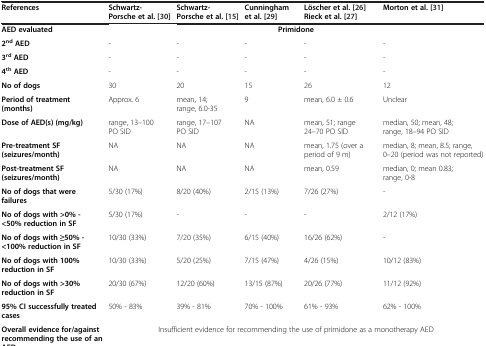
<table><thead><tr><td><b>References</b></td><td><b>Schwartz-Porsche et al. [30]</b></td><td><b>Schwartz-Porsche et al. [15]</b></td><td><b>Cunningham et al. [29]</b></td><td><b>Löscher et al. [26]Rieck et al. [27]</b></td><td><b>Morton et al. [31]</b></td></tr></thead><tbody><tr><td><b>AED evaluated</b></td><td colspan="5"><b>Primidone</b></td></tr><tr><td><b>2</b><sup><b>nd</b></sup><b>AED</b></td><td>-</td><td>-</td><td>-</td><td>-</td><td>-</td></tr><tr><td><b>3</b><sup><b>rd</b></sup><b>AED</b></td><td>-</td><td>-</td><td>-</td><td>-</td><td>-</td></tr><tr><td><b>4</b><sup><b>th</b></sup><b>AED</b></td><td>-</td><td>-</td><td>-</td><td>-</td><td>-</td></tr><tr><td><b>No of dogs</b></td><td>30</td><td>20</td><td>15</td><td>26</td><td>12</td></tr><tr><td><b>Period of treatment (months)</b></td><td>Approx. 6</td><td>mean, 14; range, 6.0-35</td><td>9</td><td>mean, 6.0 ± 0.6</td><td>Unclear</td></tr><tr><td><b>Dose of AED(s) (mg/kg)</b></td><td>range, 13–100 PO SID</td><td>range, 17–107 PO SID</td><td>NA</td><td>mean, 51; range 24–70 PO SID</td><td>median, 50; mean, 48; range, 18–94 PO SID</td></tr><tr><td><b>Pre-treatment SF (seizures/month)</b></td><td>NA</td><td>NA</td><td>NA</td><td>mean, 1.75 (over a period of 9 m)</td><td>median, 8; mean, 8.5; range, 0–20 (period was not reported)</td></tr><tr><td><b>Post-treatment SF (seizures/month)</b></td><td>NA</td><td>NA</td><td>NA</td><td>mean, 0.59</td><td>median, 0; mean 0.83; range, 0-8</td></tr><tr><td><b>No of dogs that were failures</b></td><td>5/30 (17%)</td><td>8/20 (40%)</td><td>2/15 (13%)</td><td>7/26 (27%)</td><td>-</td></tr><tr><td><b>No of dogs with &gt;0% - &lt;50% reduction in SF</b></td><td>5/30 (17%)</td><td>-</td><td>-</td><td>-</td><td>2/12 (17%)</td></tr><tr><td><b>No of dogs with ≥50% - &lt;100% reduction in SF</b></td><td>10/30 (33%)</td><td>7/20 (35%)</td><td>6/15 (40%)</td><td>16/26 (62%)</td><td>-</td></tr><tr><td><b>No of dogs with 100% reduction in SF</b></td><td>10/30 (33%)</td><td>5/20 (25%)</td><td>7/15 (47%)</td><td>4/26 (15%)</td><td>10/12 (83%)</td></tr><tr><td><b>No of dogs with &gt;30% reduction in SF</b></td><td>20/30 (67%)</td><td>12/20 (60%)</td><td>13/15 (87%)</td><td>20/26 (77%)</td><td>11/12 (92%)</td></tr><tr><td><b>95% CI successfully treated cases</b></td><td>50% - 83%</td><td>39% - 81%</td><td>70% - 100%</td><td>61% - 93%</td><td>62% - 100%</td></tr><tr><td><b>Overall evidence for/against recommending the use of an AED</b></td><td colspan="5">Insufficient evidence for recommending the use of primidone as a monotherapy AED</td></tr></tbody></table>